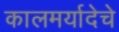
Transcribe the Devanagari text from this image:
कालमर्यादेचे